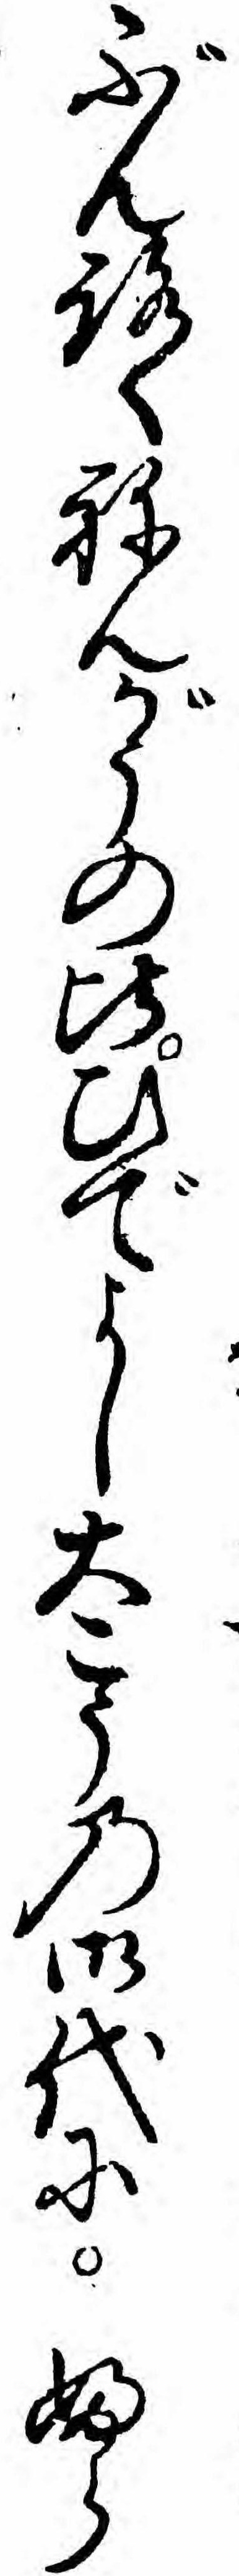
ぶんろくねんがうの比ひでよし大こうの御代にふら